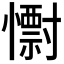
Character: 𭟅